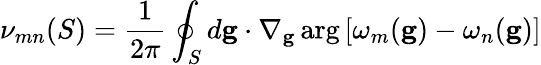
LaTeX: \nu_{mn}(S)=\frac{1}{2\pi}\oint_{S}d\mathbf{g}\cdot\nabla_{\mathbf{g}}\arg\left[\omega_{m}(\mathbf{g})-\omega_{n}(\mathbf{g})\right]